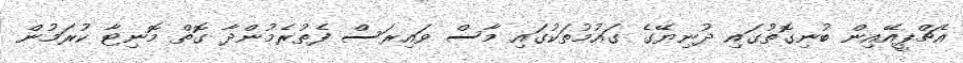
އެޗްޕީއޭއިން ބުނިގޮތުގައި ދުނިޔޭގެ ގައުމުތަކުގައި މާސް ވައިރަސް ފެތުރެމުންދާ ގޮތް މޮނިޓާ ކުރަމުން